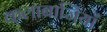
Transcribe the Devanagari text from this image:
कलाबाजियाँ